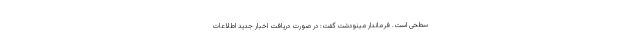
سطحی است. فرماندار مینودشت گفت: در صورت دریافت اخبار جدید اطلاعات